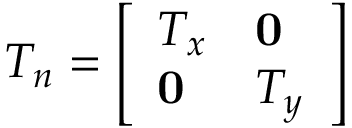
T _ { n } = \left[ \begin{array} { l l } { T _ { x } } & { \mathbf { 0 } } \\ { \mathbf { 0 } } & { T _ { y } } \end{array} \right]